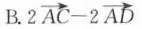
B. $$2 \overrightarrow { A C } - 2 \overrightarrow { A D }$$